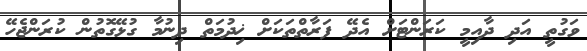
ވަގުތީ އަދި ދާއިމީ ކަރަންޓަށް އެދޭ ފަރާތްތަކަށް ޚިދުމަތް ދިނުމާ ގުޅޭގޮތުން ކުރަންޖެހޭ